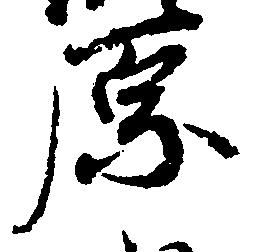
原